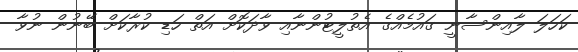
ކަހަލަ ލާއިންސާނީ ގައުމެއްގެ އެތުލީޓުންނާއި ވާދަކޮށް އަތް ހަޑި ކުރާކަށް ބޭނުން ނުވާ